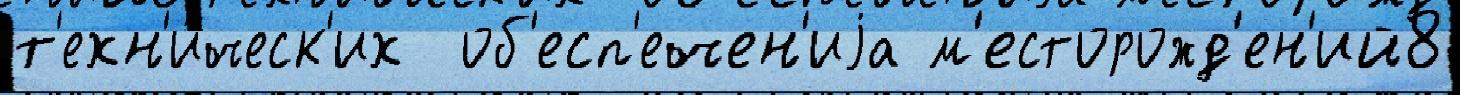
т'ехн'и́ческ'их  об'есп'ечен'иjа м'есторожд'ен'ий8